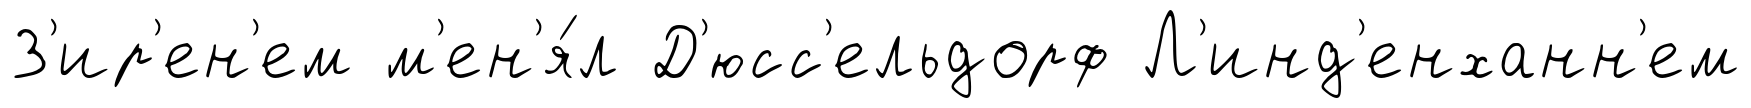
З'ир'ен'ем м'ен'я́л Д'юсс'ельдорф Л'инд'енханн'ем